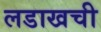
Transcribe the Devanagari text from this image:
लडाखची